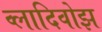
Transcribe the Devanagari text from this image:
व्लादिवोझ